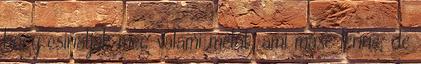
hogy csináljak meg valami melót, ami másé lenne, de